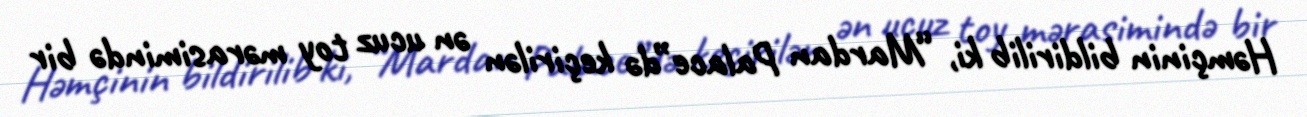
Həmçinin bildirilib ki, “Mardan Palace”də keçirilən ən ucuz toy mərasimində bir